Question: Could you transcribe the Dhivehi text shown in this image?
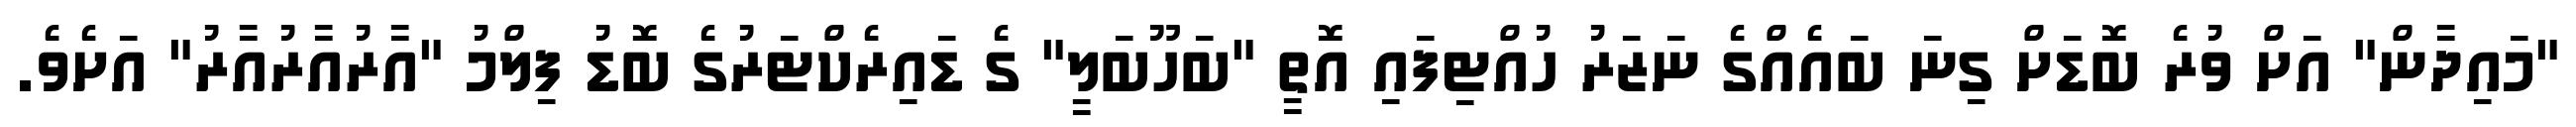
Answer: "މައިދާން" އަށް ވުރެ ބޮޑަށް ގިނަ ބައެއްގެ ނަޒަރު ހުއްޓިފައި އޮތީ "ބަހޫބަލީ" ގެ ޑައިރެކްޓަރުގެ ބޮޑު ފިލްމު "އާރުއާރުއާރު" އަށެވެ.